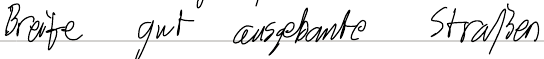
Breite gut ausgebaute Straßen